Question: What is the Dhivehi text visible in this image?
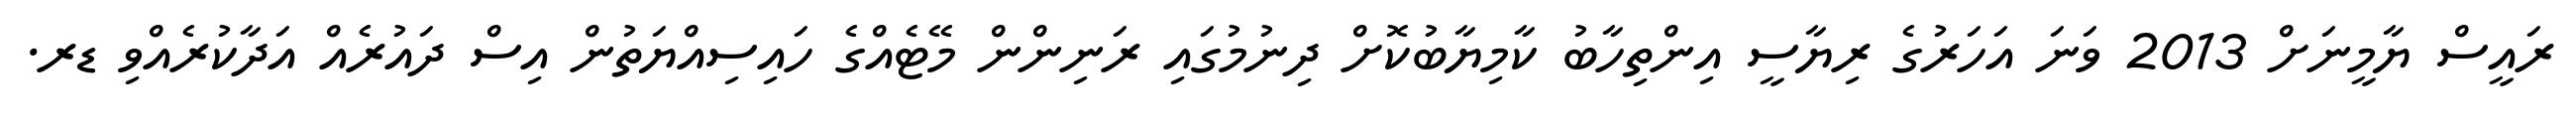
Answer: ރައީސް ޔާމީނަށް 2013 ވަނަ އަހަރުގެ ރިޔާސީ އިންތިހާބު ކާމިޔާބުކޮށް ދިނުމުގައި ރަނިންން މޭޓެއްގެ ހައިސިއްޔަތުން އިސް ދައުރެއް އަދާކުރެއްވި ޑރ.